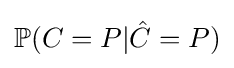
\mathbb {P} (C=P|{\hat {C}}=P)